Report of the Indian Hemp Drugs Commission, 1894-1895 - Volume VII
Year: 1894
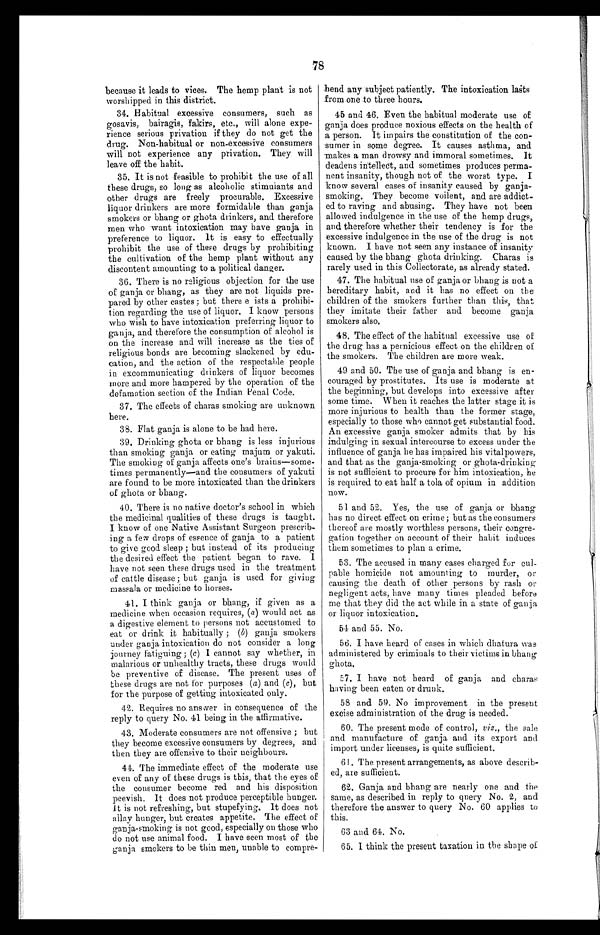
78
because it leads to vices. The hemp plant is not
worshipped in this district.
34. Habitual excessive consumers, such as
gosavis, bairagis, fakirs, etc., will alone expe
-
rience serious privation if they do not get the
drug. Non-habitual or non-excessive consumers
will not experience any privation. They will
leave off the habit.
35. It is not feasible to prohibit the use of all
these drugs, so long as alcoholic stimuiants and
other drugs are freely procurable. Excessive
liquor drinkers are more formidable than ganja
smokers or bhang or ghota drinkers, and therefore
men who want intoxication may have ganja in
preference to liquor. It is easy to effectually
prohibit the use of these drugs by prohibiting
the cultivation of the hemp plant without any
discontent amounting to a political danger.
36. There is no religious objection for the use
of ganja or bhang, as they are not liquids pre
-
pared by other castes ; but there e ists a prohibi--
tion regarding the use of liquor. I know persons
who wish to have intoxication preferring liquor to
ganja, and therefore the consumption of alcohol is
on the increase and will increase as the ties of
religious bonds are becoming slackened by edu
-
cation, and the action of the respectable people
in excommunicating drinkers of liquor becomes
more and more hampered by the operation of the
defamation section of the Indian Penal Code.
37. The effects of charas smoking are unknown
here.
38. Flat ganja is alone to be had here.
39. Drinking ghota or bhang is less injurious
than smoking ganja or eating majum or yakuti.
The smoking of ganja affects one's brains—some
-
times permanently—and the consumers of yakuti
are found to be more intoxicated than the drinkers
of ghota or bhang.
40. There is no native doctor's school in which
the medicinal qualities of these drugs is taught.
I know of one Native Assistant Surgeon prescrib
-
ing a few drops of essence of ganja to a patient
to give good sleep ; but instead of its producing
the desired effect the patient began to rave. I
have not seen these drugs used in the treatment
of cattle disease; but ganja is used for giving
massala or medicine to horses.
41. I think ganja or bhang, if given as a
medicine when occasion requires, ( a ) would act as
a digestive element to persons not accustomed to
eat or drink it habitually ; (b) ganja smokers
under ganja intoxication do not consider a long
journey fatiguing; (c) I cannot say whether, in
malarious or unhealthy tracts, these drugs would
be preventive of disease. The present uses of
these drugs are not for purposes ( a ) and ( c) , but
for the purpose of getting intoxicated only.
42. Requires no answer in consequence of the
reply to query No. 41 being in the affirmative.
43, Moderate consumers are not offensive ; but
they become excessive consumers by degrees, and
then they are offensive to their neighbours.
44. The immediate effect of the moderate use
even of any of these drugs is this, that the eyes of
the consumer become red and his disposition
peevish. It does not produce perceptible hunger.
It is not refreshing, but stupefying. It does not
allay hunger, but creates appetite. The effect of
ganja-smoking is not good, especially on those who
do not use animal food. I have seen most of the
ganja smokers to be thin men, unable to compre-
hend any subject patiently. The intoxication lasts
from one to three hours.
45 and 46. Even the habitual moderate use of
ganja does produce noxious effects on the health of
a person. It impairs the constitution of the con
- s u m e r i n s o m e d e g r e e . I t c a u s e s a s t h m a , a n d
makes a man drowsy and immoral sometimes. It
deadens intellect, and sometimes produces perma--
nent insanity, though not of the worst type. I
know several cases of insanity caused by ganja--
smoking. They become voilent, and are addict--
ed to raving and abusing. They have not been
allowed indulgence in the use of the hemp drugs,
and therefore whether their tendency is for the
excessive indulgence in the use of the drug is not
known. I have not seen any instance of insanity
caused by the bhang ghota drinking. Charas is
rarely used in this Collectorate, as already stated.
47. The habitual use of ganja or bhang is not a
hereditary habit, and it has no effect on the
children of the smokers further than this, that
they imitate their father and become ganja
smokers also.
48. The effect of the habitual excessive use of
the drug has a pernicious effect on the children of
the smokers. The children are more weak.
49 and 50. The use of ganja and bhang is en--
couraged by prostitutes. Its use is moderate at
the beginning, but develops into excessive after
some time. When it reaches the latter stage it is
more injurious to health than the former stage,
especially to those who cannot get substantial food.
An excessive ganja smoker admits that by his
indulging in sexual intercourse to excess under the
influence of ganja he has impaired his vital powers,
and that as the ganja-smoking or ghota-drinking
is not sufficient to procure for him intoxication, he
is required to eat half a tola of opium in addition
now.
51 and 52. Yes, the use of ganja or bhang
has no direct effect on crime; but as the consumers
thereof are mostly worthless persons, their congre
-
gation together on account of their habit induces
them sometimes to plan a crime.
53. The accused in many cases charged for cul--
pable homicide not amounting to murder, or
causing the death of other persons by rash or
negligent acts, have many times pleaded before
me that they did the act while in a state of ganja
or liquor intoxication.
54 and 55. No.
56. I have heard of cases in which dhatura was
administered by criminals to their victims in bhang
ghota.
57. I have not heard of ganja and charas
having been eaten or drunk.
58 and 59. No improvement in the present
excise administration of the drug is needed.
60. The present mode of control, viz., the sale
and manufacture of ganja and its export and
import under licenses, is quite sufficient.
61. The present arrangements, as above describ-
- e d , a r e s u f f i c i e n t .
62. Ganja and bhang are nearly one and the
same, as described in reply to query No. 2, and
therefore the answer to query No. 60 applies to
this.
63 and 64. No.
65. I think the present taxation in the shape of